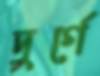
দুর্গে